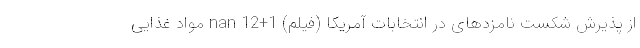
از پذیرش شکست نامزدهای در انتخابات آمریکا (فیلم) nan 12+1 مواد غذایی